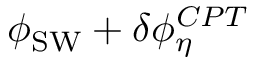
\phi _ { \mathrm { S W } } + \delta \phi _ { \eta } ^ { C P T }